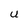
Character: U